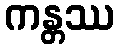
ကန္တဿ